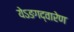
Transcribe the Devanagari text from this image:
येऽङगद्वारेण